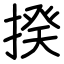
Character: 揆